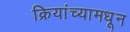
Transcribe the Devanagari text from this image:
क्रियांच्यामधून